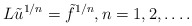
\begin{align*}L \tilde u^{1/n}=\tilde f^{1/n},n=1,2,\ldots.\end{align*}